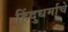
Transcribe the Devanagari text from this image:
हिंदुधर्माचे